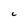
Character: C